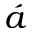
\acute { a }